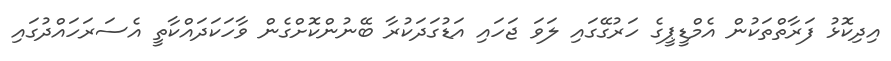
އިދިކޮޅު ފަރާތްތަކުން އެމްޑީޕީގެ ހަރުގޭގައި ލަވަ ޖަހައި އަޑުގަދަކުރާ ބޭނުންކޮށްގެން ވާހަކަދައްކާތީ އެސަރަހައްދުގައި